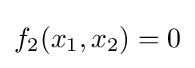
f_{2}(x_{1},x_{2})=0